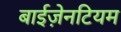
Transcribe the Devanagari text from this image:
बाईज़ेनटियम